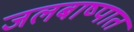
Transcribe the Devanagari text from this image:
जलबाष्पात